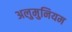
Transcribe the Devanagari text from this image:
अलुमुनियम